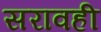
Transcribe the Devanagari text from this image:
सरावही